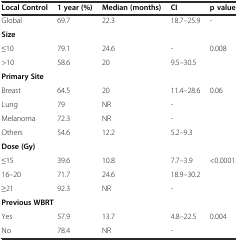
<table><thead><tr><td><b>Local Control</b></td><td><b>1 year (%)</b></td><td><b>Median (months)</b></td><td><b>CI</b></td><td><b>p value</b></td></tr></thead><tbody><tr><td>Global</td><td>69.7</td><td>22.3</td><td>18.7–25.9</td><td>-</td></tr><tr><td colspan="5"><b>Size</b></td></tr><tr><td>≤10</td><td>79.1</td><td>24.6</td><td>-</td><td rowspan="2">0.008</td></tr><tr><td>&gt;10</td><td>58.6</td><td>20</td><td>9.5–30.5</td></tr><tr><td colspan="5"><b>Primary Site</b></td></tr><tr><td>Breast</td><td>64.5</td><td>20</td><td>11.4–28.6</td><td rowspan="4">0.06</td></tr><tr><td>Lung</td><td>79</td><td>NR</td><td>-</td></tr><tr><td>Melanoma</td><td>72.3</td><td>NR</td><td>-</td></tr><tr><td>Others</td><td>54.6</td><td>12.2</td><td>5.2–9.3</td></tr><tr><td colspan="5"><b>Dose (Gy)</b></td></tr><tr><td>≤15</td><td>39.6</td><td>10.8</td><td>7.7–3.9</td><td rowspan="3">&lt;0.0001</td></tr><tr><td>16–20</td><td>71.7</td><td>24.6</td><td>18.9–30.2</td></tr><tr><td>≥21</td><td>92.3</td><td>NR</td><td>-</td></tr><tr><td colspan="5"><b>Previous WBRT</b></td></tr><tr><td>Yes</td><td>57.9</td><td>13.7</td><td>4.8–22.5</td><td rowspan="2">0.004</td></tr><tr><td>No</td><td>78.4</td><td>NR</td><td>-</td></tr></tbody></table>